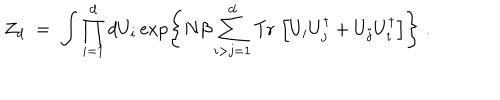
LaTeX: Z _ { d } \; = \; \int \prod _ { i = 1 } ^ { d } d U _ { i } \exp \left\{ N \beta \sum _ { i > j = 1 } ^ { d } \mathrm { T r } \, \left[ U _ { i } U _ { j } ^ { \dagger } + U _ { j } U _ { i } ^ { \dagger } \right] \right\} \; .